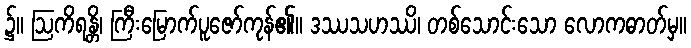
၌။ ဩကိရန္တိ၊ ကြီးမြောက်ပူဇော်ကုန်၏။ ဒဿသဟဿိ၊ တစ်သောင်းသော လောကဓာတ်မှ။